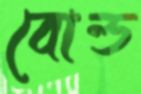
বোল্ড